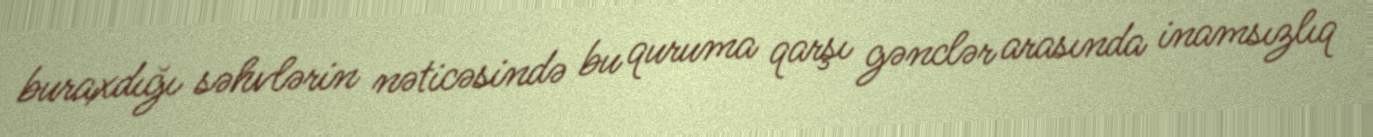
buraxdığı səhvlərin nəticəsində bu quruma qarşı gənclər arasında inamsızlıq